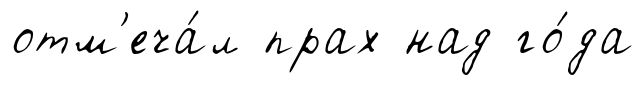
отм'еча́л прах над го́да